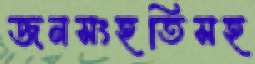
জনসংহতিসহ